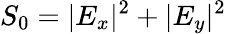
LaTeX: S_{0}=|E_{x}|^{2}+|E_{y}|^{2}